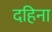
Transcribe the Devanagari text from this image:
दहिना